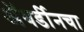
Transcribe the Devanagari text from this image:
अॅबर्डीनचा